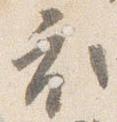
衣